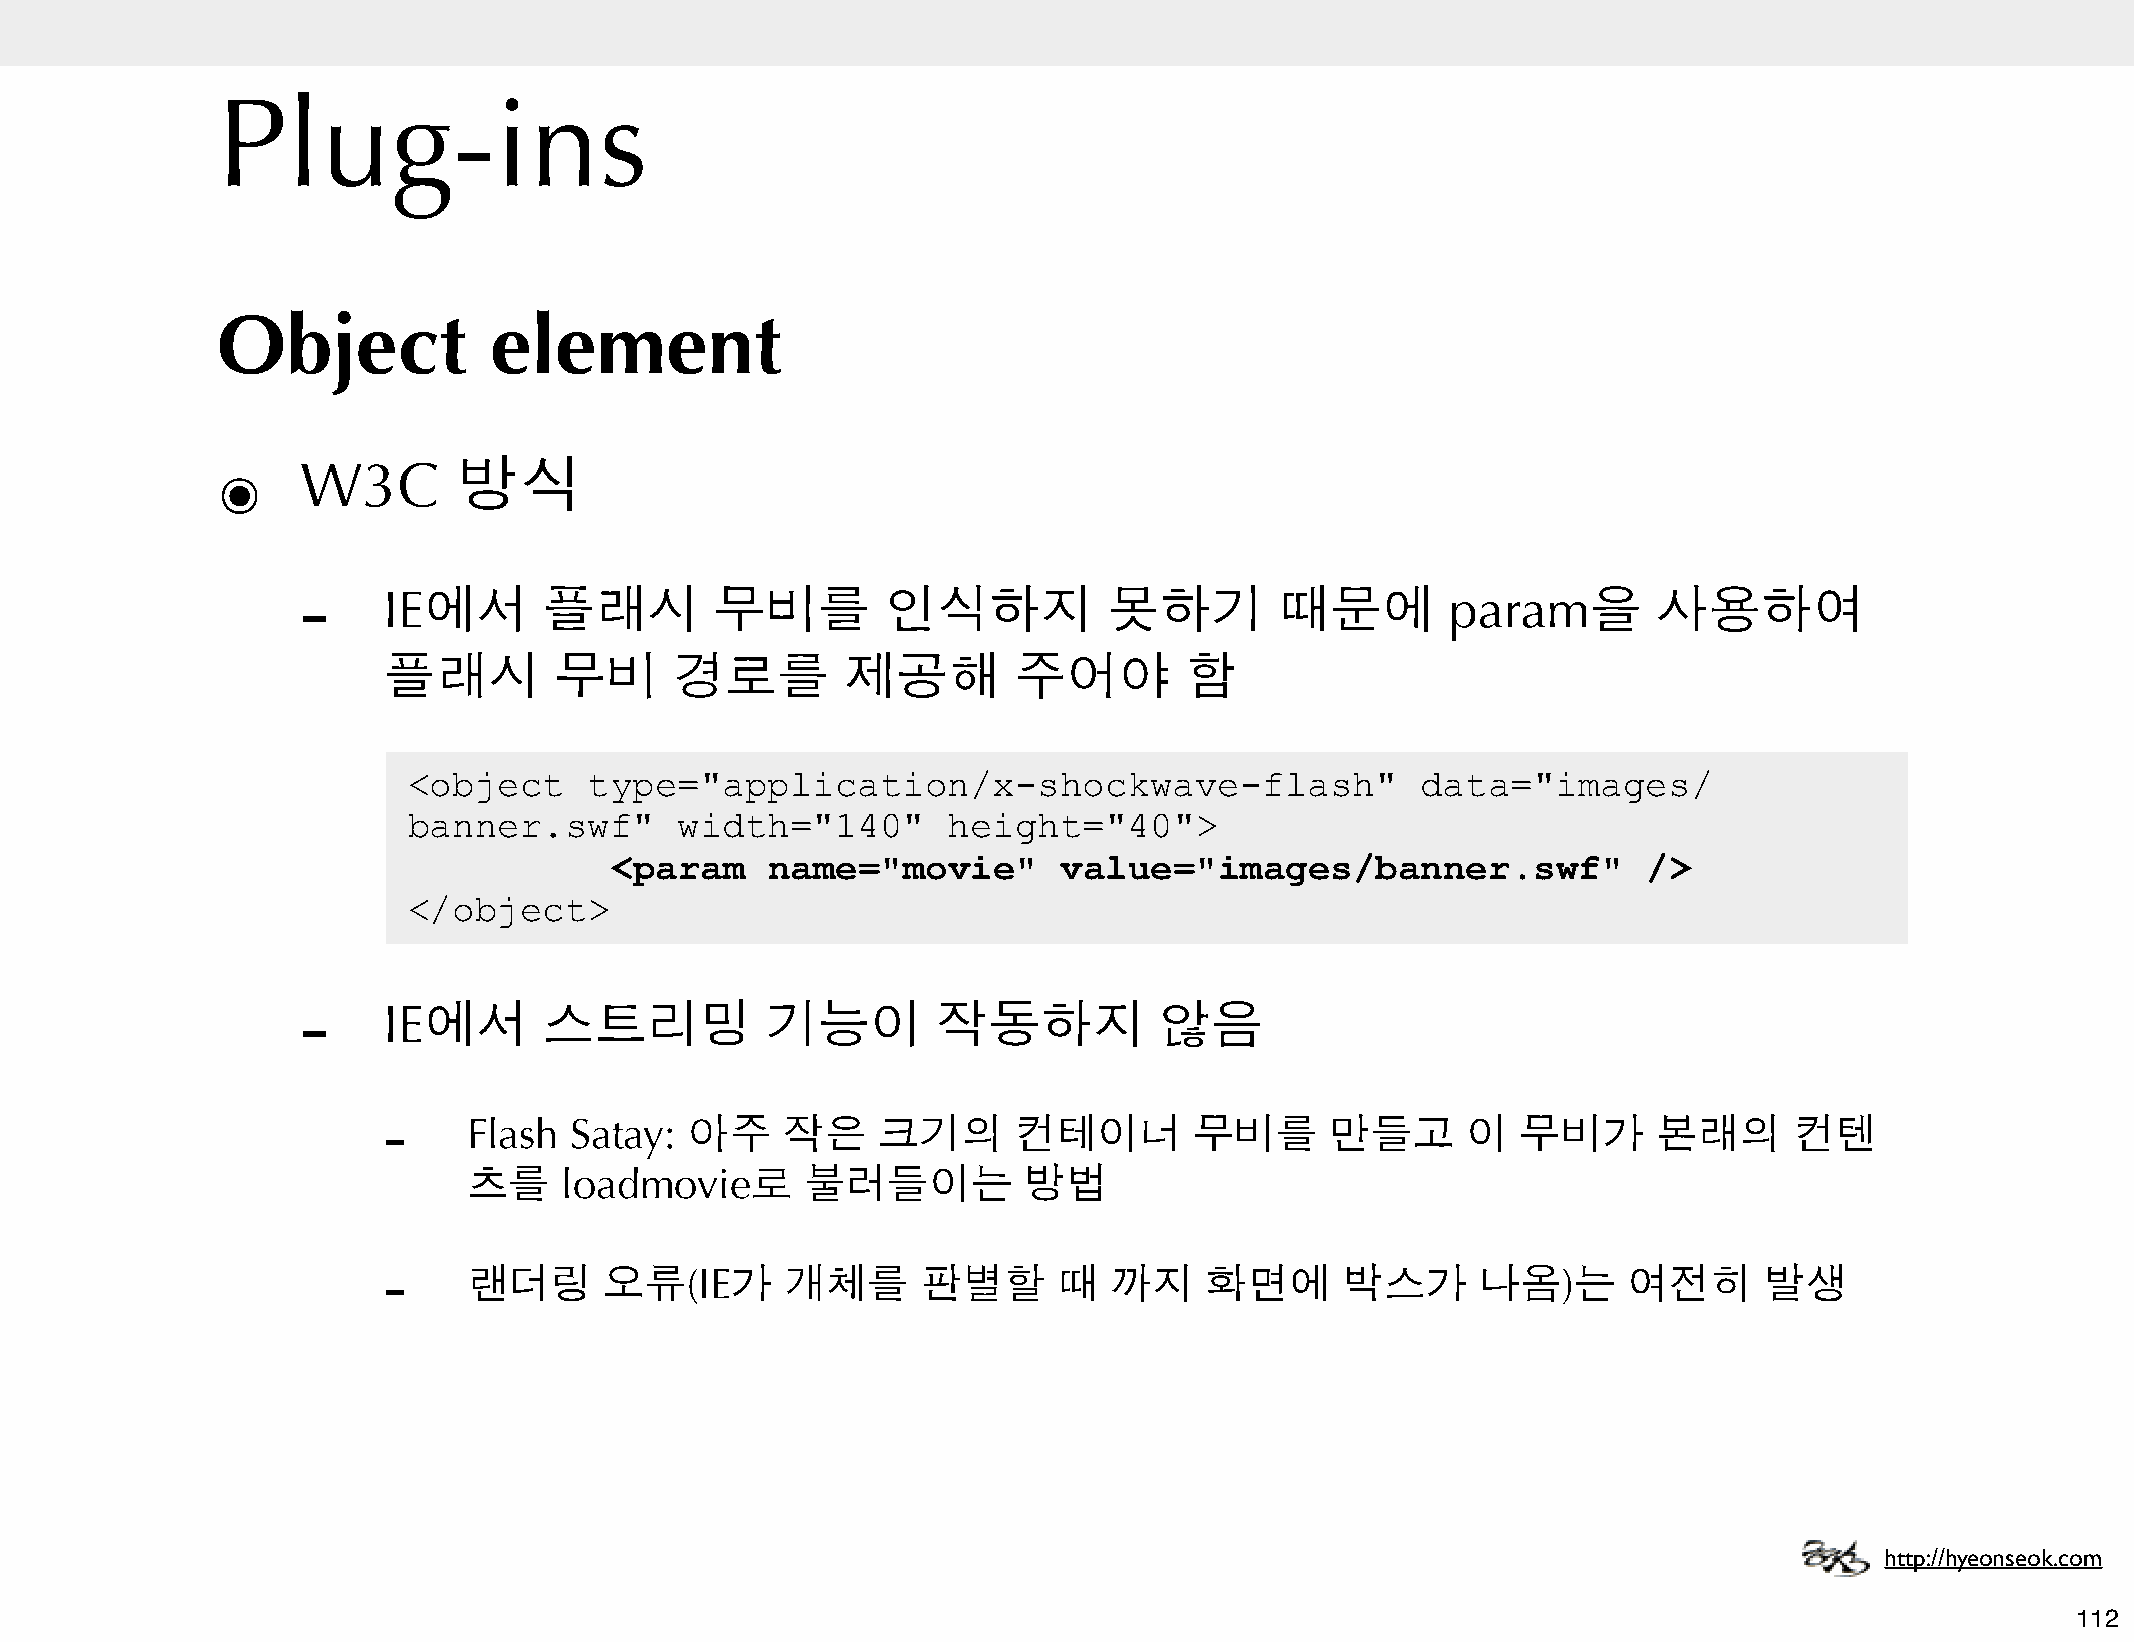
Plug-ins
 Object            element
 ๏     W3C       방식
 -
 IE에서       플래시        무비를         인식하지          못하기         때문에        param을        사용하여
 플래시         무비      경로를        제공해        주어야        함
 <object     type="application/x-shockwave-flash"                   data="images/
 banner.swf"       width="140"       height="40">
 <param     name="movie"       value="images/banner.swf"              />
 </object>
 -
 IE에서       스트리밍           기능이        작동하지           않음
 -
 Flash  Satay:  아주    작은    크기의      컨테이너        무비를      만들고      이   무비가      본래의      컨텐
 츠를    loadmovie로      불러들이는          방법
 -
 랜더링      오류(IE가      개체를      판별할      때   까지    화면에      박스가      나옴)는      여전히      발생
 http://hyeonseok.com
 112